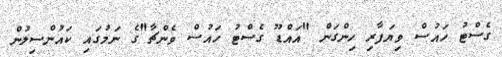
ގެސްޓު ހައުސް ވިޔަފާރި ހިންގަން "އައްޑޫ ގެސްޓު ހައުސް ވެންޗާ"ގެ ނަމުގައި ކައުންސިލުން